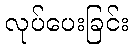
လုပ်ပေးခြင်း